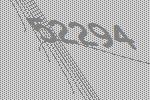
52294